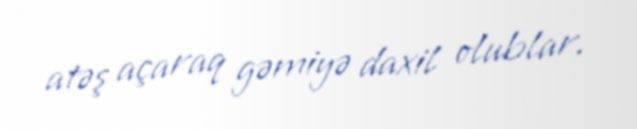
atəş açaraq gəmiyə daxil olublar.